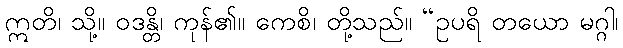
ဣတိ၊ သို့။ ဝဒန္တိ၊ ကုန်၏။ ကေစိ၊ တို့သည်။ “ဥပရိ တယော မဂ္ဂါ၊